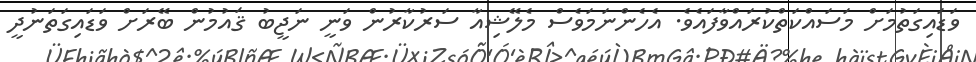
ވަޑައިގަތުމަށް މަސައްކަތްކުރައްވާފައެވެ. އެހެންނަމަވެސް މެލޭޝިއާ ސަރުކާރުން ވަނީ ނަޖީބު ޤައުމުން ބޭރަށް ވަޑައިގަތަނުދީ